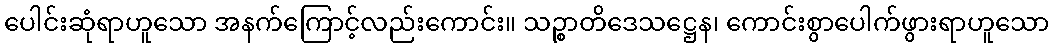
ပေါင်းဆုံရာဟူသော အနက်ကြောင့်လည်းကောင်း။ သဉ္စာတိဒေသဋ္ဌေန၊ ကောင်းစွာပေါက်ဖွားရာဟူသော